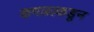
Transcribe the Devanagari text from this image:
कमळाकडून